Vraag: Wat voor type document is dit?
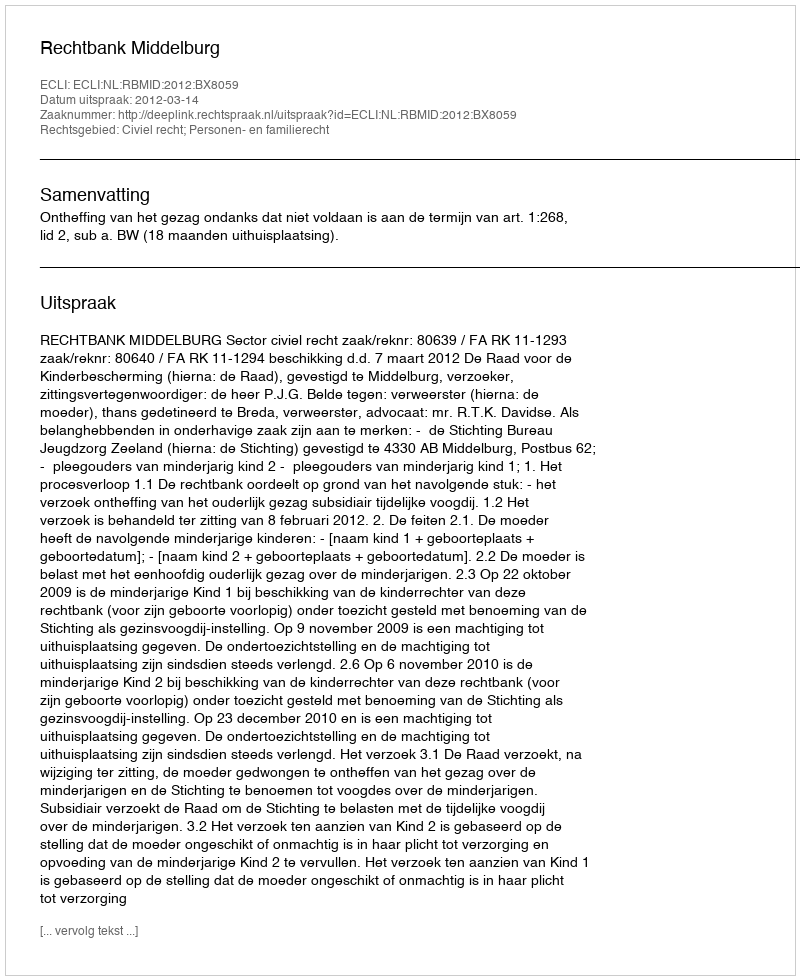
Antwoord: Uitspraak